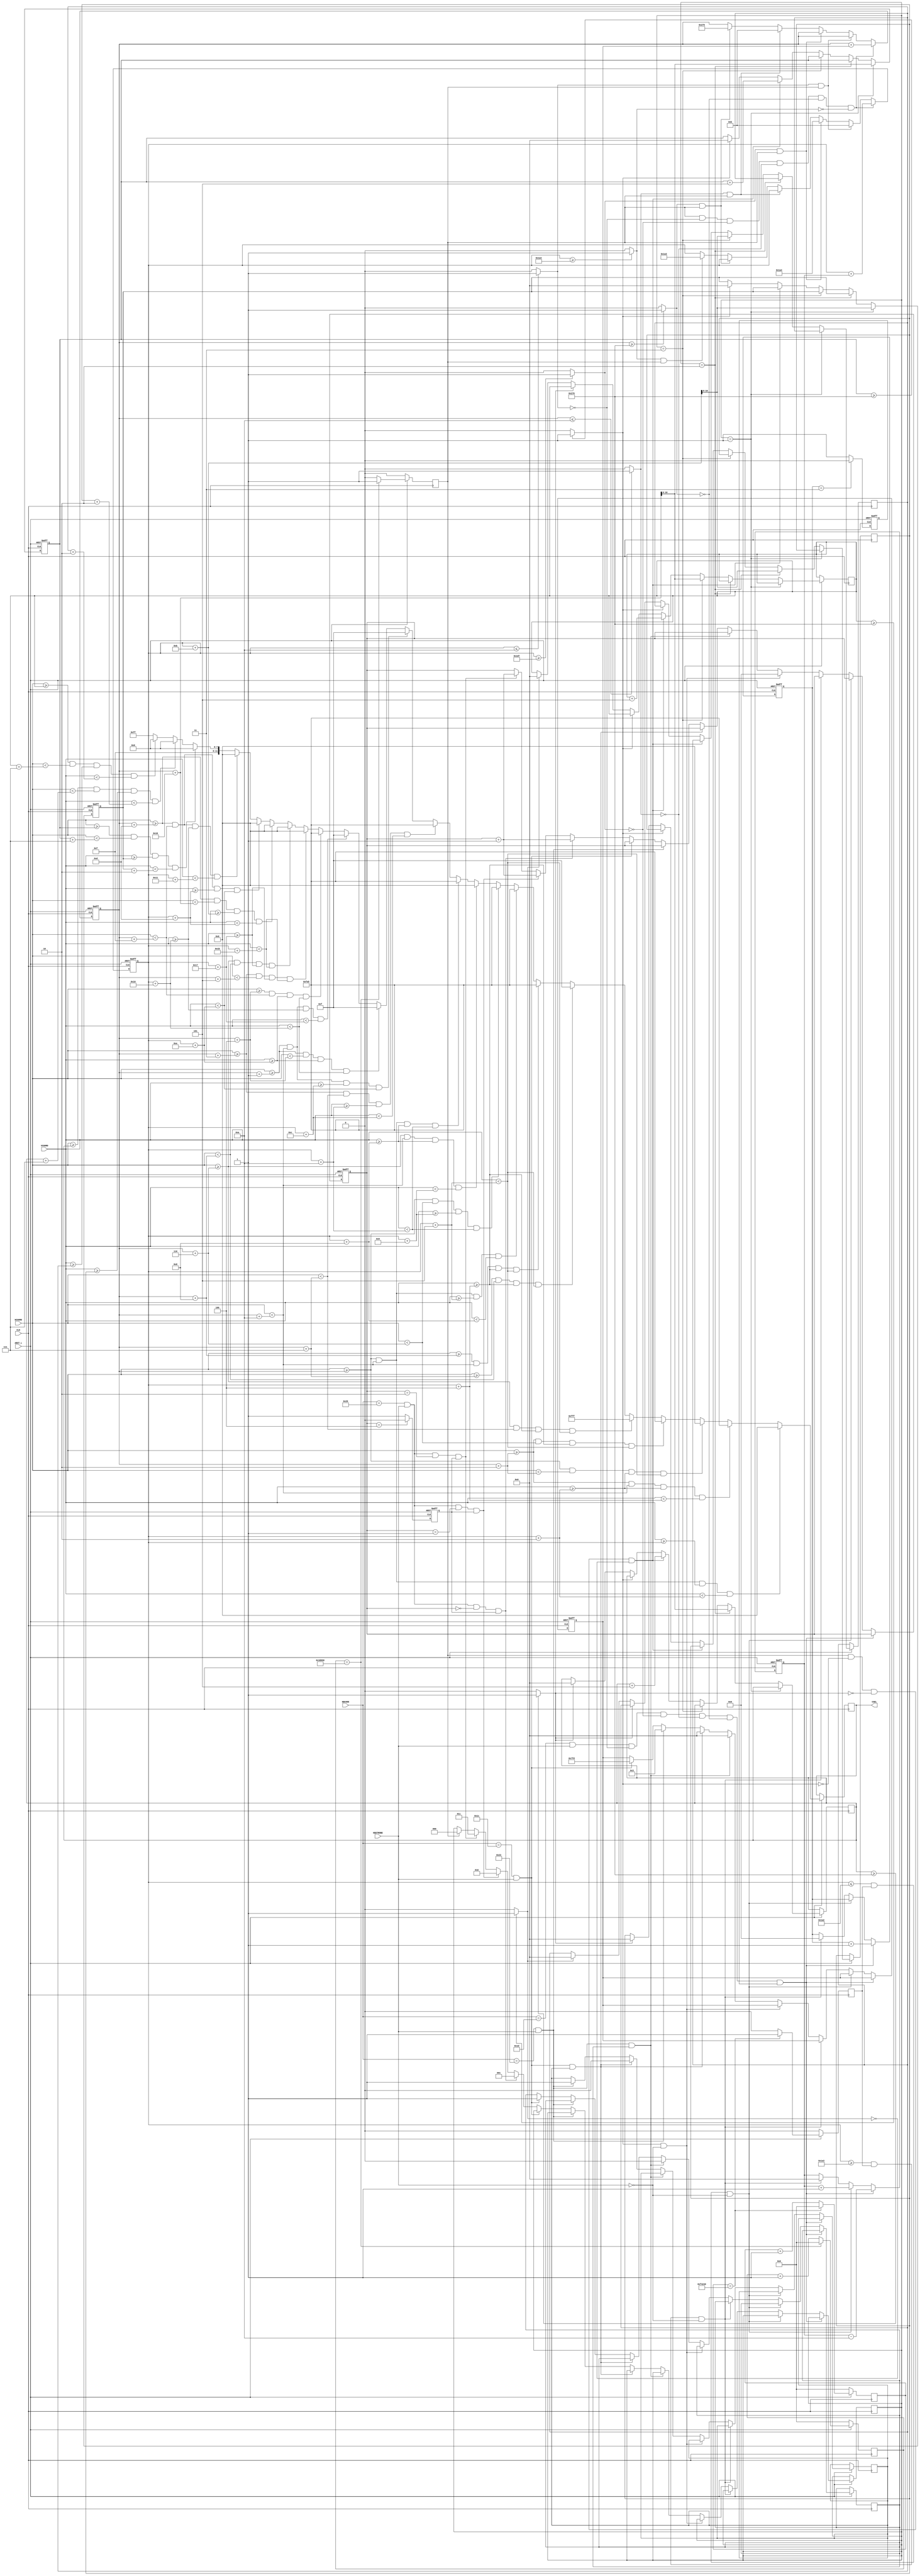
`timescale 1ns / 1ps
//////////////////////////////////////////////////////////////////////////////////
// Company: 
// Engineer: 
// 
// Design Name: 
// Module Name: VGAController
// Project Name: 
// Target Devices: 
// Tool Versions: 
// Description: 
// 
// Dependencies: 
// 
// Revision:
// Revision 0.01 - File Created
// Additional Comments:
// 
//////////////////////////////////////////////////////////////////////////////////


module VGAController2(CLK, KBCODE, HCOORD, VCOORD, KBSTROBE, CSEL, ARST_L);
input CLK, ARST_L, KBSTROBE;
input [7:0] KBCODE;
input [9:0] HCOORD;
input [9:0] VCOORD;
output [11:0] CSEL;

reg refresh;
reg refreshSlow;
reg [31:0] count_i;
reg [31:0] count2_i;
reg [11:0] CSEL;
reg [10:0] XPos;
reg [10:0] xspeed_i;
reg [10:0] YPos;
reg [10:0] yspeed_i;
reg [10:0] laserPos1X; 
reg [10:0] laserPos1Y;
reg [10:0] laserPos2X; 
reg [10:0] laserPos2Y; 
reg [10:0] laserPos3X; 
reg [10:0] laserPos3Y;  
wire col_S;
wire col_N;
wire col_W;
wire col_E;
wire floor;
reg laser1Wait;
reg laser2Wait;
reg laser3Wait;
reg moveright;
reg moveleft;
reg [6:0] jumpcount;
reg [6:0] laserCount;
reg jump;
reg [2:0] laser;
reg shield;
reg laserEN;
wire shieldCol;

assign col_S = (YPos >= 471) ? 1'b1 : 1'b0;
assign col_N = (YPos <= 10) ? 1'b1 : 1'b0;
assign col_W = (XPos <= 10) ? 1'b1 : 1'b0;
assign col_E = (XPos >= 630) ? 1'b1 : 1'b0;
assign floor = (YPos >= 420) ? 1'b1 : 1'b0;
//assign shieldCol = (laserPosX = ((XPos + 25)&&(Ypos + 30)&&(YPos - 5))) ? 1'b1 : 1'b0;
assign col_Elaser1 = (laserPos1X >= 630) ? 1'b1 : 1'b0;
assign col_Elaser2 = (laserPos2X >= 630) ? 1'b1 : 1'b0;
assign col_Elaser3 = (laserPos3X >= 630) ? 1'b1 : 1'b0;


////PLAYER TWO/////
/*reg [10:0] XPos2;
reg [10:0] xspeed2_i;
reg [10:0] YPos2;
reg [10:0] yspeed2_i;
reg moveright2;
reg moveleft2;
reg [6:0] jumpcount2;
reg [6:0] laserCount2;
reg [10:0] laserPos1X2; 
reg [10:0] laserPos1Y2;
reg [10:0] laserPos2X2; 
reg [10:0] laserPos2Y2; 
reg [10:0] laserPos3X2; 
reg [10:0] laserPos3Y2;  
wire col_S2;
wire col_N2;
wire col_W2;
wire col_E2;
wire floor2;

assign col_S2 = (YPos2 >= 471) ? 1'b1 : 1'b0;
assign col_N2 = (YPos2 <= 10) ? 1'b1 : 1'b0;
assign col_W2 = (XPos2 <= 10) ? 1'b1 : 1'b0;
assign col_E2 = (XPos2 >= 630) ? 1'b1 : 1'b0;
assign floor2 = (YPos2 >= 420) ? 1'b1 : 1'b0;
//assign shieldCol = (laserPosX = ((XPos + 25)&&(Ypos + 30)&&(YPos - 5))) ? 1'b1 : 1'b0;
assign col2_Elaser1 = (laserPos1X2 >= 630) ? 1'b1 : 1'b0;
assign col2_Elaser2 = (laserPos2X2 >= 630) ? 1'b1 : 1'b0;
assign col2_Elaser3 = (laserPos3X2 >= 630) ? 1'b1 : 1'b0;
*/
always@(posedge CLK or negedge ARST_L)
    begin
        if(ARST_L == 1'b0)
            ;      
        //hair
        else if((HCOORD >= XPos) && (HCOORD < (XPos + 10))&&(VCOORD >= YPos)&&(VCOORD < (YPos + 2)))
            CSEL <= 12'h000;
        //forehead
        else if((HCOORD >= XPos + 2) && (HCOORD < (XPos + 10)) && (VCOORD >= YPos+2) && (VCOORD < (YPos + 4)))
            CSEL <= 12'hFA5;
        //hair
        else if((HCOORD >= XPos) && (HCOORD < (XPos + 2)) && (VCOORD >= YPos+2) && (VCOORD < (YPos + 5)))
            CSEL <= 12'h000; 
       //head 
        else if((HCOORD >= XPos + 2) && (HCOORD < (XPos + 6)) && (VCOORD >= YPos+4) && (VCOORD < (YPos + 5)))
             CSEL <= 12'hFA5;
        //eye
        else if((HCOORD >= XPos + 6) && (HCOORD < (XPos + 7)) && (VCOORD >= YPos+4) && (VCOORD < (YPos + 5)))
             CSEL <= 12'hFFF; 
        //eye color           
        else if((HCOORD >= XPos+7) && (HCOORD < (XPos + 8)) && (VCOORD >= YPos+4) && (VCOORD < (YPos + 5)))
                CSEL <= 12'h00F; 
        //between eyes
        else if((HCOORD >= XPos + 8) && (HCOORD < (XPos + 10)) && (VCOORD >= YPos+4) && (VCOORD < (YPos + 5)))
                CSEL <= 12'hFA5;  
        //face cheeks
        else if((HCOORD >= XPos) && (HCOORD < (XPos + 10)) && (VCOORD >= YPos+5) && (VCOORD < (YPos + 8)))
                CSEL <= 12'hFA5;  
        //jaw
        else if((HCOORD >= XPos) && (HCOORD < (XPos + 6)) && (VCOORD >= YPos+9) && (VCOORD < (YPos + 10)))
                CSEL <= 12'hFA5;  
        //mouth
        else if((HCOORD >= XPos + 6) && (HCOORD < (XPos + 10)) && (VCOORD >= YPos+8) && (VCOORD < (YPos + 9)))
                CSEL <= 12'h000;
        //chin 
        else if((HCOORD >= XPos) && (HCOORD < (XPos + 10)) && (VCOORD >= YPos+8) && (VCOORD < (YPos + 10)))
                CSEL <= 12'hFA5; 
        //neck 
        else if((HCOORD >= XPos + 3) && (HCOORD < (XPos + 7)) && (VCOORD >= YPos+10) && (VCOORD < (YPos + 12)))
                CSEL <= 12'hFA5;  
        //torso
        else if((HCOORD >= XPos + 1) && (HCOORD < (XPos + 10)) && (VCOORD >= YPos+12) && (VCOORD < (YPos + 14)))
                CSEL <= 12'h00F;          
        //shoulder
        else if((HCOORD >= XPos + 1) && (HCOORD < (XPos + 4)) && (VCOORD >= YPos+14) && (VCOORD < (YPos + 16)))
                CSEL <= 12'h00F;  
        //body
        else if((HCOORD >= XPos + 1) && (HCOORD < (XPos + 10)) && (VCOORD >= YPos+16) && (VCOORD < (YPos + 23)))
                CSEL <= 12'h00F;
        //arm                                          
        else if((HCOORD >= XPos + 4) && (HCOORD < (XPos + 15)) && (VCOORD >= YPos+14) && (VCOORD < (YPos + 16)))
                CSEL <= 12'hFA5;
        //legs 1                                         
        else if((HCOORD >= XPos + 3) && (HCOORD < (XPos + 5)) && (VCOORD >= YPos+23) && (VCOORD < (YPos + 27)))
                CSEL <= 12'h000;  
       //lwg 2                                        
        else if((HCOORD >= XPos + 6) && (HCOORD < (XPos + 8)) && (VCOORD >= YPos+23) && (VCOORD < (YPos + 27)))
                CSEL <= 12'h000;
        //gun barrel 
        else if((HCOORD >= XPos + 13) && (HCOORD < (XPos + 22)) && (VCOORD >= YPos + 11) && (VCOORD < (YPos + 13)))
                CSEL <= 12'h000; 
        //gun handle
        else if((HCOORD >= XPos + 13) && (HCOORD < (XPos + 15)) && (VCOORD >= YPos + 13) && (VCOORD < (YPos + 14)))
                CSEL <= 12'h000;
        else if((HCOORD >= XPos + 13) && (HCOORD < (XPos + 15)) && (VCOORD >= YPos + 16) && (VCOORD < (YPos + 17)))
                CSEL <= 12'h000; 
        //laser  
        else if((HCOORD >= laserPos1X) && (HCOORD < (laserPos1X + 7)) && (VCOORD >= laserPos1Y) && (VCOORD <(laserPos1Y + 2)))
                CSEL <= 12'hF00;
        //lser2
     
        else if((HCOORD >= laserPos2X) && (HCOORD < (laserPos2X + 7)) && (VCOORD >= laserPos2Y) && (VCOORD <(laserPos2Y + 2)))
                CSEL <= 12'hF00;   
        //laser3
        //else if((HCOORD >= XPos + 22) && (HCOORD < (XPos + 29)) && (VCOORD >= YPos+11) && (VCOORD < (YPos + 13)) && (laser == 3))
                //CSEL <= 12'hF00;
        else if((HCOORD >= laserPos3X) && (HCOORD < (laserPos3X + 7)) && (VCOORD >= laserPos3Y) && (VCOORD <(laserPos3Y + 2)))
                CSEL <= 12'hF00; 
        ////////////////////////////////////////////////////////////////////////////////////////////////////////////////////
        ////////////////////////////////////PLAYER TWO///////////////////////////////////////////////////////////////////////
        //////////////////////////////////////////////////////////////////////////////////////////////////////////////////////                                       
         //hair
        /*else if((HCOORD >= XPos2) && (HCOORD < (XPos2 - 10))&&(VCOORD >= YPos2)&&(VCOORD < (YPos2 - 2)))
            CSEL <= 12'h000;
        //forehead
        else if((HCOORD >= XPos2 - 2) && (HCOORD < (XPos2 - 10)) && (VCOORD >= YPos2-2) && (VCOORD < (YPos2 - 4)))
            CSEL <= 12'hFA5;
        //hair
        else if((HCOORD >= XPos2) && (HCOORD < (XPos2 - 2)) && (VCOORD >= YPos2-2) && (VCOORD < (YPos2 - 5)))
            CSEL <= 12'h000; 
       //head 
        else if((HCOORD >= XPos2 - 2) && (HCOORD < (XPos2 - 6)) && (VCOORD >= YPos2-4) && (VCOORD < (YPos2 - 5)))
             CSEL <= 12'hFA5;
        //eye
        else if((HCOORD >= XPos2 - 6) && (HCOORD < (XPos2 - 7)) && (VCOORD >= YPos2-4) && (VCOORD < (YPos2 - 5)))
             CSEL <= 12'hFFF; 
        //eye color           
        else if((HCOORD >= XPos2-7) && (HCOORD < (XPos2 - 8)) && (VCOORD >= YPos2-4) && (VCOORD < (YPos2 - 5)))
                CSEL <= 12'h00F; 
        //between eyes
        else if((HCOORD >= XPos2 - 8) && (HCOORD < (XPos2 - 10)) && (VCOORD >= YPos2-4) && (VCOORD < (YPos2 - 5)))
                CSEL <= 12'hFA5;  
        //face cheeks
        else if((HCOORD >= XPos2) && (HCOORD < (XPos2 - 10)) && (VCOORD >= YPos2-5) && (VCOORD < (YPos2 - 8)))
                CSEL <= 12'hFA5;  
        //jaw
        else if((HCOORD >= XPos2) && (HCOORD < (XPos2 - 6)) && (VCOORD >= YPos2-9) && (VCOORD < (YPos2 - 10)))
                CSEL <= 12'hFA5;  
        //mouth
        else if((HCOORD >= XPos2 - 6) && (HCOORD < (XPos2 - 10)) && (VCOORD >= YPos2-8) && (VCOORD < (YPos2 - 9)))
                CSEL <= 12'h000;
        //chin 
        else if((HCOORD >= XPos2) && (HCOORD < (XPos2 - 10)) && (VCOORD >= YPos2-8) && (VCOORD < (YPos2 - 10)))
                CSEL <= 12'hFA5; 
        //neck 
        else if((HCOORD >= XPos2 - 3) && (HCOORD < (XPos2 - 7)) && (VCOORD >= YPos2-10) && (VCOORD < (YPos2 - 12)))
                CSEL <= 12'hFA5;  
        //torso
        else if((HCOORD >= XPos2 - 1) && (HCOORD < (XPos2 - 10)) && (VCOORD >= YPos2-12) && (VCOORD < (YPos2 - 14)))
                CSEL <= 12'h00F;          
        //shoulder
        else if((HCOORD >= XPos2 - 1) && (HCOORD < (XPos2 - 4)) && (VCOORD >= YPos2-14) && (VCOORD < (YPos2 - 16)))
                CSEL <= 12'h00F;  
        //body
        else if((HCOORD >= XPos2 - 1) && (HCOORD < (XPos2 - 10)) && (VCOORD >= YPos2-16) && (VCOORD < (YPos2 - 23)))
                CSEL <= 12'h00F;
        //arm                                          
        else if((HCOORD >= XPos2 - 4) && (HCOORD < (XPos2 - 15)) && (VCOORD >= YPos2-14) && (VCOORD < (YPos2 - 16)))
                CSEL <= 12'hFA5;
        //legs 1                                         
        else if((HCOORD >= XPos2 - 3) && (HCOORD < (XPos2 - 5)) && (VCOORD >= YPos2-23) && (VCOORD < (YPos2 - 27)))
                CSEL <= 12'h000;  
       //lwg 2                                        
        else if((HCOORD >= XPos2 - 6) && (HCOORD < (XPos2 - 8)) && (VCOORD >= YPos2-23) && (VCOORD < (YPos2 - 27)))
                CSEL <= 12'h000;
        //gun barrel 
        else if((HCOORD >= XPos2 - 13) && (HCOORD < (XPos2 - 22)) && (VCOORD >= YPos2 - 11) && (VCOORD < (YPos2 - 13)))
                CSEL <= 12'h000; 
        //gun handle
        else if((HCOORD >= XPos2 - 13) && (HCOORD < (XPos2 - 15)) && (VCOORD >= YPos2 - 13) && (VCOORD < (YPos2 - 14)))
                CSEL <= 12'h000;
        else if((HCOORD >= XPos2 - 13) && (HCOORD < (XPos2 - 15)) && (VCOORD >= YPos2 - 16) && (VCOORD < (YPos2 - 17)))
                CSEL <= 12'h000; 
        //laser  
        //else if((HCOORD >= XPos2 + 22) && (HCOORD < (XPos2 + 29)) && (VCOORD >= YPos+11) && (VCOORD < (YPos + 13)) )
        //        CSEL <= 12'hF00;
        else if((HCOORD >= laserPos1X) && (HCOORD < (laserPos1X + 7)) && (VCOORD >= laserPos1Y) && (VCOORD <(laserPos1Y + 2)))
                CSEL <= 12'hF00;
        //lser2
        //else if((HCOORD >= XPos + 22) && (HCOORD < (XPos + 29)) && (VCOORD >= YPos+11) && (VCOORD < (YPos + 13)) && (laser == 2))
               // CSEL <= 12'hF00;
        else if((HCOORD >= laserPos2X) && (HCOORD < (laserPos2X + 7)) && (VCOORD >= laserPos2Y) && (VCOORD <(laserPos2Y + 2)))
                CSEL <= 12'hF00;   
        //laser3
        //else if((HCOORD >= XPos + 22) && (HCOORD < (XPos + 29)) && (VCOORD >= YPos+11) && (VCOORD < (YPos + 13)) && (laser == 3))
                //CSEL <= 12'hF00;
        else if((HCOORD >= laserPos3X) && (HCOORD < (laserPos3X + 7)) && (VCOORD >= laserPos3Y) && (VCOORD <(laserPos3Y + 2)))
                CSEL <= 12'hF00; */                                                                                                                                   
        else
            CSEL <= 12'hFFF;
    end

always@(posedge CLK or negedge ARST_L)
    begin
        if(ARST_L == 1'b0)
        begin
            jump <= 1'b1;
        end
        else if(jumpcount == 3)
        begin
            jump <= 1'b0;
        end
        else
        begin
            jump <= 1'b1;
        end
        
    end

always@(posedge CLK or negedge ARST_L)
    begin
        if(ARST_L == 1'b0)
        begin
            laserEN <= 1'b1;
        end
        else if(laserCount == 4)
        begin
            laserEN <= 1'b0;
        end
        else
        begin
            laserEN <= 1'b1;
        end
        
    end
        
        
always@(posedge CLK or negedge ARST_L)
    begin
        if(ARST_L == 1'b0)
        begin
            yspeed_i <= 0;
            xspeed_i <= 0;
            jumpcount <= 0;
            laserCount <= 0;
            
            //yspeed2_i <= 0;
            //xspeed_i <= 0;
            //jumpcount2<= 0;
            //laserCount2 <= 0;
        end
        else if((KBCODE == 8'h1D) && (KBSTROBE == 1'b1) && (col_N == 1'b0) && (col_S == 1'b0) && (col_W == 1'b0) && (col_E == 1'b0) && (jump == 1'b1))
            begin
                yspeed_i <= yspeed_i - 10;
                jumpcount <= jumpcount + 1;
            end
        else if((YPos <= 418)&&(refreshSlow == 1'b1)&& (KBSTROBE == 1'b0) )
            begin 
                yspeed_i <= yspeed_i + 1;
            end
        else if((YPos >= 419)&& (refreshSlow == 1'b1)&&(KBSTROBE == 1'b0))
            begin
                yspeed_i <= 0;
                jumpcount <= 0;
            end
        else if((col_Elaser1 == 1'b1) && (KBSTROBE == 1'b0))
            begin
                laserCount <= 0;
            end
        else if((KBCODE == 8'h23) && (KBSTROBE == 1'b1) && (moveleft == 1'b1 )) //stop going left
            begin
                xspeed_i <= 0;
                moveleft <= 1'b0;
            end
        else if((KBCODE == 8'h1C) && (KBSTROBE == 1'b1) && (moveright == 1'b1) ) //stop going right
            begin
                xspeed_i <= 0;
                moveright <= 1'b0;
            end
        else if((KBCODE == 8'h23) && (KBSTROBE == 1'b1)) //right
            begin
                xspeed_i <= 3;
                moveright <= 1'b1;
            end
        else if((KBCODE == 8'h1C) && (KBSTROBE == 1'b1)) //left
            begin
                xspeed_i <= -3;
                moveleft <= 1'b1;
            end
        else if((KBCODE == 8'h29) && (KBSTROBE == 1'b1) && (laserCount == 0) && (laserEN == 1'b1))
            begin
                laser <= 1;
                laserCount <= laserCount + 1;
                
            end
        else if((KBCODE == 8'h29) && (KBSTROBE == 1'b1) && (laserCount == 1) && (laserEN ==1'b1))
            begin
                laserCount <= laserCount + 1;
                laser <= 2;
                laser2Wait <= 1'b1;
            end
        else if((KBCODE == 8'h29) && (KBSTROBE == 1'b1) && (laserCount == 2)&& (laserEN == 1'b1))
            begin
                laserCount <= laserCount + 1;
                laser <= 3;
                laser3Wait <= 1'b1;
            end 
        ////////////////////////////////////////////PLAYER TWO//////////////////////////////////
        /*else if((KBCODE == 8'h75) && (KBSTROBE == 1'b1))//up
            begin
                yspeed2_i <= yspeed2_i - 10;
                jumpcount2 <= jumpcount2 + 1;
            end
        else if((YPos2 <= 418)&&(refreshSlow == 1'b1)&& (KBSTROBE == 1'b0) )
            begin 
                yspeed2_i <= yspeed2_i + 1;
            end
        else if((YPos2 >= 419)&& (refreshSlow == 1'b1)&&(KBSTROBE == 1'b0))
            begin
                yspeed2_i <= 0;
                jumpcount2 <= 0;
            end 
        else if((KBCODE == 8'h74) && (KBSTROBE == 1'b1) && (moveleft2 == 1'b1 )) //stop going left
            begin
                xspeed2_i <= 0;
                moveleft2 <= 1'b0;
            end
        else if((KBCODE == 8'h6B) && (KBSTROBE == 1'b1) && (moveright2 == 1'b1) ) //stop going right
            begin
                xspeed2_i <= 0;
                moveright2 <= 1'b0;
            end       
        else if((KBCODE == 8'h6B) && (KBSTROBE == 1'b1))//left
            begin
                xspeed2_i <= 3;
                moveright2 <= 1'b1;
            end 
        else if((KBCODE == 8'h74) && (KBSTROBE == 1'b1))//right
            begin
                xspeed2_i <= -3;
                moveleft2 <= 1'b1;            
            end */                                                
        else if((refresh == 1'b1))
            begin
                laser <= 0;
                
            end
        else
        ;
           
    end        

always@(posedge CLK)
    begin 
        if(ARST_L == 1'b0)
        begin
            count_i <= 0;
            refresh <= 1'b0;
        end
        else if(count_i == 250000)
        begin
            count_i <= 0;
            refresh <= 1'b1;
        end
        else
        begin
            count_i <= count_i + 1;
            refresh <= 1'b0;
        end
    end

//laser speed
always @(posedge CLK or negedge ARST_L)
    begin
        if(ARST_L == 1'b0)
            begin
                laserPos1X <= 0;
                laserPos1Y <= 0; 
            end
        else if(laser == 1)
            begin
                laserPos1X <= (XPos + 22);  
                laserPos1Y <= (YPos + 11);
            end
        else if(laser == 2)
            begin
                laserPos2X <= (XPos + 22);  
                laserPos2Y <= (YPos + 11);
            end
        else if(laser == 3)
            begin
                laserPos3X <= (XPos + 22);  
                laserPos3Y <= (YPos + 11);
            end   
        
        else if((refresh == 1'b1)&&(col_Elaser1 == 1'b0)&&(col_Elaser2 == 1'b0) && (col_Elaser3 == 1'b0))// && (shieldCol == 1'b0))
            begin
                laserPos1X <= laserPos1X + 5;
                laserPos1Y <= laserPos1Y;
                laserPos2X <= laserPos2X + 5;
                laserPos2Y <= laserPos2Y;
                laserPos3X <= laserPos3X + 5;
                laserPos3Y <= laserPos3Y;
            end
        else if((col_Elaser1 == 1'b1))
            begin
                laserPos1X <= 0;
                laserPos1Y <= 0;
            end     
        else if((col_Elaser2 == 1'b1))
            begin
                laserPos2X <= 0;
                laserPos2Y <= 0;
            end
        else if((col_Elaser3 == 1'b1))
            begin
                laserPos3X <= 0;
                laserPos3Y <= 0;       
            end   
        else 
            ;
     end       
        
            
always@(posedge CLK)
        begin
            if(ARST_L == 1'b0)
            begin
                count2_i <= 0;
                refreshSlow <= 1'b0;
            end
            else if(count2_i == 1000000)
            begin
                count2_i <= 0;
                refreshSlow <= 1'b1;
            end
            else
            begin
                count2_i <= count2_i + 1;
                refreshSlow <= 1'b0;
            end
        end          
       

always @(posedge CLK or negedge ARST_L)
    begin
        if(ARST_L == 1'b0)
        begin
            YPos <= 239;
            XPos <= 319;
            //YPos2 <= 400;
            //XPos2 <= 319;
        end
        else if((refresh == 1'b1) && (col_N == 0) && (col_S == 0) && (col_W == 0) && (col_E == 0) && (floor == 0))
        begin
            YPos <= YPos + yspeed_i;
            XPos <= XPos + xspeed_i;
            //YPos2 <= YPos2 + yspeed2_i;
            //XPos2 <= XPos2 + xspeed2_i;
        end
        else if((col_N == 1) && (refresh == 1'b1))
        begin
            YPos <= 11;
            
        end
        else if((col_S == 1) && (refresh == 1'b1))
        begin
            YPos <= 420;
        end
        else if((col_W == 1) && (refresh == 1'b1))
        begin
            XPos <= 11;
        end
        else if((col_E == 1) && (refresh == 1'b1))
        begin
            XPos <= 629;
        end
        else if((floor == 1) && (refresh == 1'b1))
        begin
            YPos <= 419;
        end
        
        
        else ;
    end


endmodule